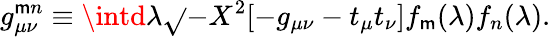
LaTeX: g_{\mu\nu}^{\mathsf{m}n}\equiv\intd\lambda\sqrt{}{{-X^{2}}}[-g_{\mu\nu}-t_{\mu}t_{\nu}]f_{\mathsf{m}}(\lambda)f_{n}(\lambda).